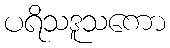
ပရိသဒူသကော